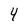
Character: 4